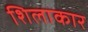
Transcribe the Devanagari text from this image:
शिलाकार